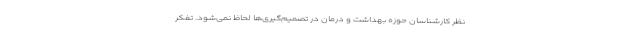
نظر کارشناسان حوزه بهداشت و درمان در تصمیم‌گیری‌ها لحاظ نمی‌شود. تفکر